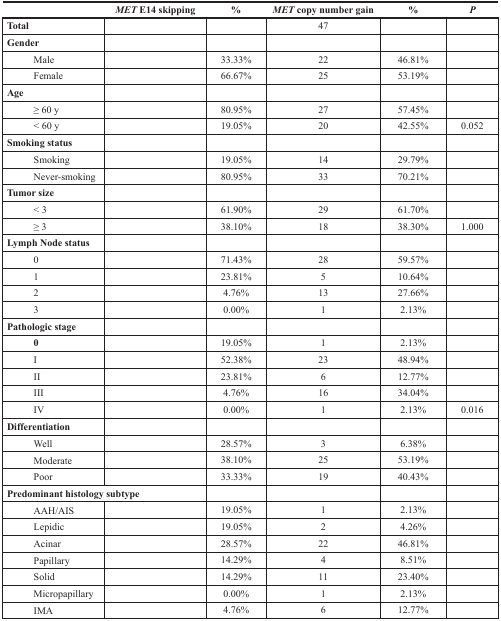
<table><thead><tr><td>[EMPTY_CELL]</td><td><b><i>MET</i> E14 skipping</b></td><td><b>%</b></td><td><b><i>MET</i> copy number gain</b></td><td><b>%</b></td><td><b><i>P</i></b></td></tr></thead><tbody><tr><td><b>Total</b></td><td>[EMPTY_CELL]</td><td>[EMPTY_CELL]</td><td>47</td><td>[EMPTY_CELL]</td><td>[EMPTY_CELL]</td></tr><tr><td><b>Gender</b></td><td>[EMPTY_CELL]</td><td>[EMPTY_CELL]</td><td>[EMPTY_CELL]</td><td>[EMPTY_CELL]</td><td>[EMPTY_CELL]</td></tr><tr><td>Male</td><td>[EMPTY_CELL]</td><td>33.33%</td><td>22</td><td>46.81%</td><td>[EMPTY_CELL]</td></tr><tr><td>Female</td><td>[EMPTY_CELL]</td><td>66.67%</td><td>25</td><td>53.19%</td><td>[EMPTY_CELL]</td></tr><tr><td><b>Age</b></td><td>[EMPTY_CELL]</td><td>[EMPTY_CELL]</td><td>[EMPTY_CELL]</td><td>[EMPTY_CELL]</td><td>[EMPTY_CELL]</td></tr><tr><td>≥ 60 y</td><td>[EMPTY_CELL]</td><td>80.95%</td><td>27</td><td>57.45%</td><td>[EMPTY_CELL]</td></tr><tr><td>&lt; 60 y</td><td>[EMPTY_CELL]</td><td>19.05%</td><td>20</td><td>42.55%</td><td>0.052</td></tr><tr><td><b>Smoking status</b></td><td>[EMPTY_CELL]</td><td>[EMPTY_CELL]</td><td>[EMPTY_CELL]</td><td>[EMPTY_CELL]</td><td>[EMPTY_CELL]</td></tr><tr><td>Smoking</td><td>[EMPTY_CELL]</td><td>19.05%</td><td>14</td><td>29.79%</td><td>[EMPTY_CELL]</td></tr><tr><td>Never-smoking</td><td>[EMPTY_CELL]</td><td>80.95%</td><td>33</td><td>70.21%</td><td>[EMPTY_CELL]</td></tr><tr><td><b>Tumor size</b></td><td>[EMPTY_CELL]</td><td>[EMPTY_CELL]</td><td>[EMPTY_CELL]</td><td>[EMPTY_CELL]</td><td>[EMPTY_CELL]</td></tr><tr><td>&lt; 3</td><td>[EMPTY_CELL]</td><td>61.90%</td><td>29</td><td>61.70%</td><td>[EMPTY_CELL]</td></tr><tr><td>≥ 3</td><td>[EMPTY_CELL]</td><td>38.10%</td><td>18</td><td>38.30%</td><td>1.000</td></tr><tr><td><b>Lymph Node status</b></td><td>[EMPTY_CELL]</td><td>[EMPTY_CELL]</td><td>[EMPTY_CELL]</td><td>[EMPTY_CELL]</td><td>[EMPTY_CELL]</td></tr><tr><td>0</td><td>[EMPTY_CELL]</td><td>71.43%</td><td>28</td><td>59.57%</td><td>[EMPTY_CELL]</td></tr><tr><td>1</td><td>[EMPTY_CELL]</td><td>23.81%</td><td>5</td><td>10.64%</td><td>[EMPTY_CELL]</td></tr><tr><td>2</td><td>[EMPTY_CELL]</td><td>4.76%</td><td>13</td><td>27.66%</td><td>[EMPTY_CELL]</td></tr><tr><td>3</td><td>[EMPTY_CELL]</td><td>0.00%</td><td>1</td><td>2.13%</td><td>[EMPTY_CELL]</td></tr><tr><td><b>Pathologic stage</b></td><td>[EMPTY_CELL]</td><td>[EMPTY_CELL]</td><td>[EMPTY_CELL]</td><td>[EMPTY_CELL]</td><td>[EMPTY_CELL]</td></tr><tr><td><b>0</b></td><td>[EMPTY_CELL]</td><td>19.05%</td><td>1</td><td>2.13%</td><td>[EMPTY_CELL]</td></tr><tr><td>I</td><td>[EMPTY_CELL]</td><td>52.38%</td><td>23</td><td>48.94%</td><td>[EMPTY_CELL]</td></tr><tr><td>II</td><td>[EMPTY_CELL]</td><td>23.81%</td><td>6</td><td>12.77%</td><td>[EMPTY_CELL]</td></tr><tr><td>III</td><td>[EMPTY_CELL]</td><td>4.76%</td><td>16</td><td>34.04%</td><td>[EMPTY_CELL]</td></tr><tr><td>IV</td><td>[EMPTY_CELL]</td><td>0.00%</td><td>1</td><td>2.13%</td><td>0.016</td></tr><tr><td><b>Differentiation</b></td><td>[EMPTY_CELL]</td><td>[EMPTY_CELL]</td><td>[EMPTY_CELL]</td><td>[EMPTY_CELL]</td><td>[EMPTY_CELL]</td></tr><tr><td>Well</td><td>[EMPTY_CELL]</td><td>28.57%</td><td>3</td><td>6.38%</td><td>[EMPTY_CELL]</td></tr><tr><td>Moderate</td><td>[EMPTY_CELL]</td><td>38.10%</td><td>25</td><td>53.19%</td><td>[EMPTY_CELL]</td></tr><tr><td>Poor</td><td>[EMPTY_CELL]</td><td>33.33%</td><td>19</td><td>40.43%</td><td>[EMPTY_CELL]</td></tr><tr><td colspan="2"><b>Predominant histology subtype</b></td><td>[EMPTY_CELL]</td><td>[EMPTY_CELL]</td><td>[EMPTY_CELL]</td><td>[EMPTY_CELL]</td></tr><tr><td>AAH/AIS</td><td>[EMPTY_CELL]</td><td>19.05%</td><td>1</td><td>2.13%</td><td>[EMPTY_CELL]</td></tr><tr><td>Lepidic</td><td>[EMPTY_CELL]</td><td>19.05%</td><td>2</td><td>4.26%</td><td>[EMPTY_CELL]</td></tr><tr><td>Acinar</td><td>[EMPTY_CELL]</td><td>28.57%</td><td>22</td><td>46.81%</td><td>[EMPTY_CELL]</td></tr><tr><td>Papillary</td><td>[EMPTY_CELL]</td><td>14.29%</td><td>4</td><td>8.51%</td><td>[EMPTY_CELL]</td></tr><tr><td>Solid</td><td>[EMPTY_CELL]</td><td>14.29%</td><td>11</td><td>23.40%</td><td>[EMPTY_CELL]</td></tr><tr><td>Micropapillary</td><td>[EMPTY_CELL]</td><td>0.00%</td><td>1</td><td>2.13%</td><td>[EMPTY_CELL]</td></tr><tr><td>IMA</td><td>[EMPTY_CELL]</td><td>4.76%</td><td>6</td><td>12.77%</td><td>[EMPTY_CELL]</td></tr></tbody></table>